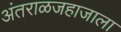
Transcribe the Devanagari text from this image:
अंतराळजहाजाला